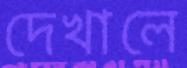
দেখালে